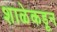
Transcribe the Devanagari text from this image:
शाळेकडून